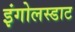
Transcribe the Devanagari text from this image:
इंगोलस्डाट